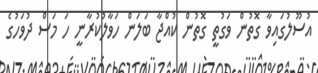
އުސޫލުގައިވާ ގޮތުން ވަގުތީ ގޮތުން ކުއްޖާ ބަލަން ހަވާލުކުރާނީ ހަ މަސް ދުވަހުގެ